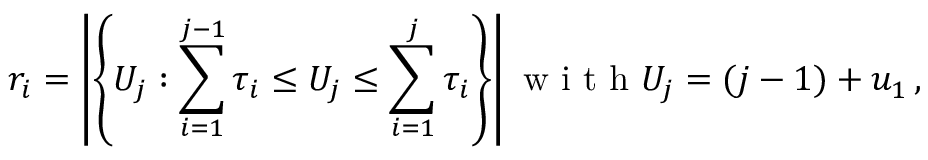
r _ { i } = \left| \left\{ U _ { j } : \sum _ { i = 1 } ^ { j - 1 } \tau _ { i } \leq U _ { j } \leq \sum _ { i = 1 } ^ { j } \tau _ { i } \right\} \right| \mathrm { ~ w ~ i ~ t ~ h ~ } U _ { j } = ( j - 1 ) + u _ { 1 } \, ,